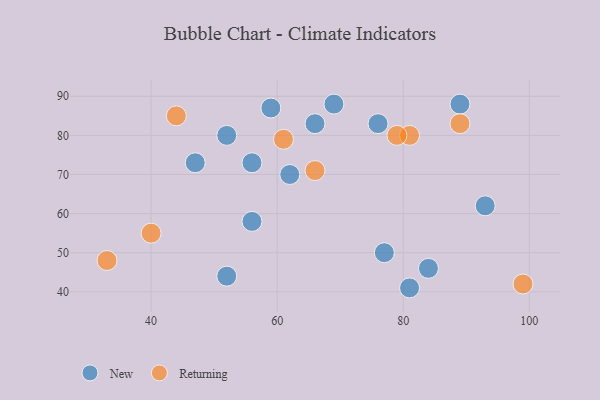
{"axis": {"x": "GDP", "y": "Life Expectancy"}, "legend": ["New", "Returning"], "data": [{"x": "56", "y": 58, "type": "New"}, {"x": "56", "y": 73, "type": "New"}, {"x": "59", "y": 87, "type": "New"}, {"x": "69", "y": 88, "type": "New"}, {"x": "81", "y": 41, "type": "New"}, {"x": "52", "y": 80, "type": "New"}, {"x": "84", "y": 46, "type": "New"}, {"x": "66", "y": 83, "type": "New"}, {"x": "52", "y": 44, "type": "New"}, {"x": "76", "y": 83, "type": "New"}, {"x": "47", "y": 73, "type": "New"}, {"x": "93", "y": 62, "type": "New"}, {"x": "62", "y": 70, "type": "New"}, {"x": "89", "y": 88, "type": "New"}, {"x": "77", "y": 50, "type": "New"}, {"x": "61", "y": 79, "type": "Returning"}, {"x": "40", "y": 55, "type": "Returning"}, {"x": "89", "y": 83, "type": "Returning"}, {"x": "44", "y": 85, "type": "Returning"}, {"x": "81", "y": 80, "type": "Returning"}, {"x": "79", "y": 80, "type": "Returning"}, {"x": "33", "y": 48, "type": "Returning"}, {"x": "99", "y": 42, "type": "Returning"}, {"x": "66", "y": 71, "type": "Returning"}]}